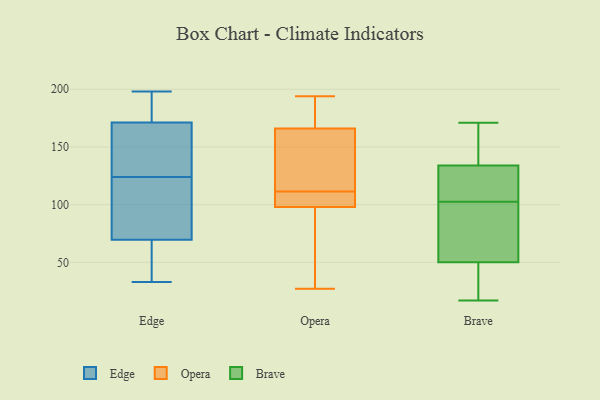
{"axis": {"x": "Bounce Rate (%)", "y": "Value"}, "legend": ["Brave", "Edge", "Opera"], "data": [{"x": "", "y": 163, "type": "Edge"}, {"x": "", "y": 76, "type": "Edge"}, {"x": "", "y": 35, "type": "Edge"}, {"x": "", "y": 94, "type": "Edge"}, {"x": "", "y": 145, "type": "Edge"}, {"x": "", "y": 198, "type": "Edge"}, {"x": "", "y": 50, "type": "Edge"}, {"x": "", "y": 197, "type": "Edge"}, {"x": "", "y": 109, "type": "Edge"}, {"x": "", "y": 165, "type": "Edge"}, {"x": "", "y": 124, "type": "Edge"}, {"x": "", "y": 33, "type": "Edge"}, {"x": "", "y": 190, "type": "Edge"}, {"x": "", "y": 194, "type": "Opera"}, {"x": "", "y": 114, "type": "Opera"}, {"x": "", "y": 194, "type": "Opera"}, {"x": "", "y": 166, "type": "Opera"}, {"x": "", "y": 98, "type": "Opera"}, {"x": "", "y": 105, "type": "Opera"}, {"x": "", "y": 27, "type": "Opera"}, {"x": "", "y": 109, "type": "Opera"}, {"x": "", "y": 74, "type": "Opera"}, {"x": "", "y": 156, "type": "Opera"}, {"x": "", "y": 50, "type": "Brave"}, {"x": "", "y": 105, "type": "Brave"}, {"x": "", "y": 36, "type": "Brave"}, {"x": "", "y": 126, "type": "Brave"}, {"x": "", "y": 100, "type": "Brave"}, {"x": "", "y": 144, "type": "Brave"}, {"x": "", "y": 50, "type": "Brave"}, {"x": "", "y": 115, "type": "Brave"}, {"x": "", "y": 171, "type": "Brave"}, {"x": "", "y": 142, "type": "Brave"}, {"x": "", "y": 90, "type": "Brave"}, {"x": "", "y": 17, "type": "Brave"}]}